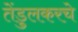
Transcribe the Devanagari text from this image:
तेंडुलकरचे